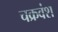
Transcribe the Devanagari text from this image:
चक्रवंश